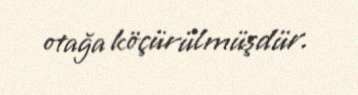
otağa köçürülmüşdür.